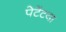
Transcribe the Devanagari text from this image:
पेटेंटया